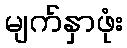
မျက်နှာဖုံး